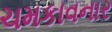
ચમકાવનાર